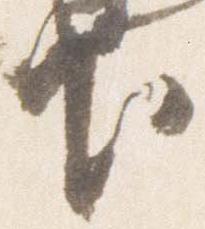
下